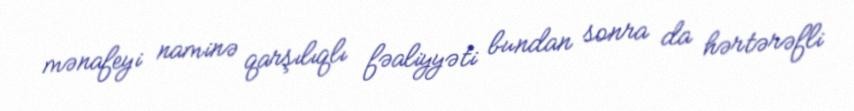
mənafeyi naminə qarşılıqlı fəaliyyəti bundan sonra da hərtərəfli